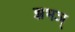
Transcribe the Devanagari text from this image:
झभञ्